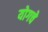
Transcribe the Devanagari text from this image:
योगचे